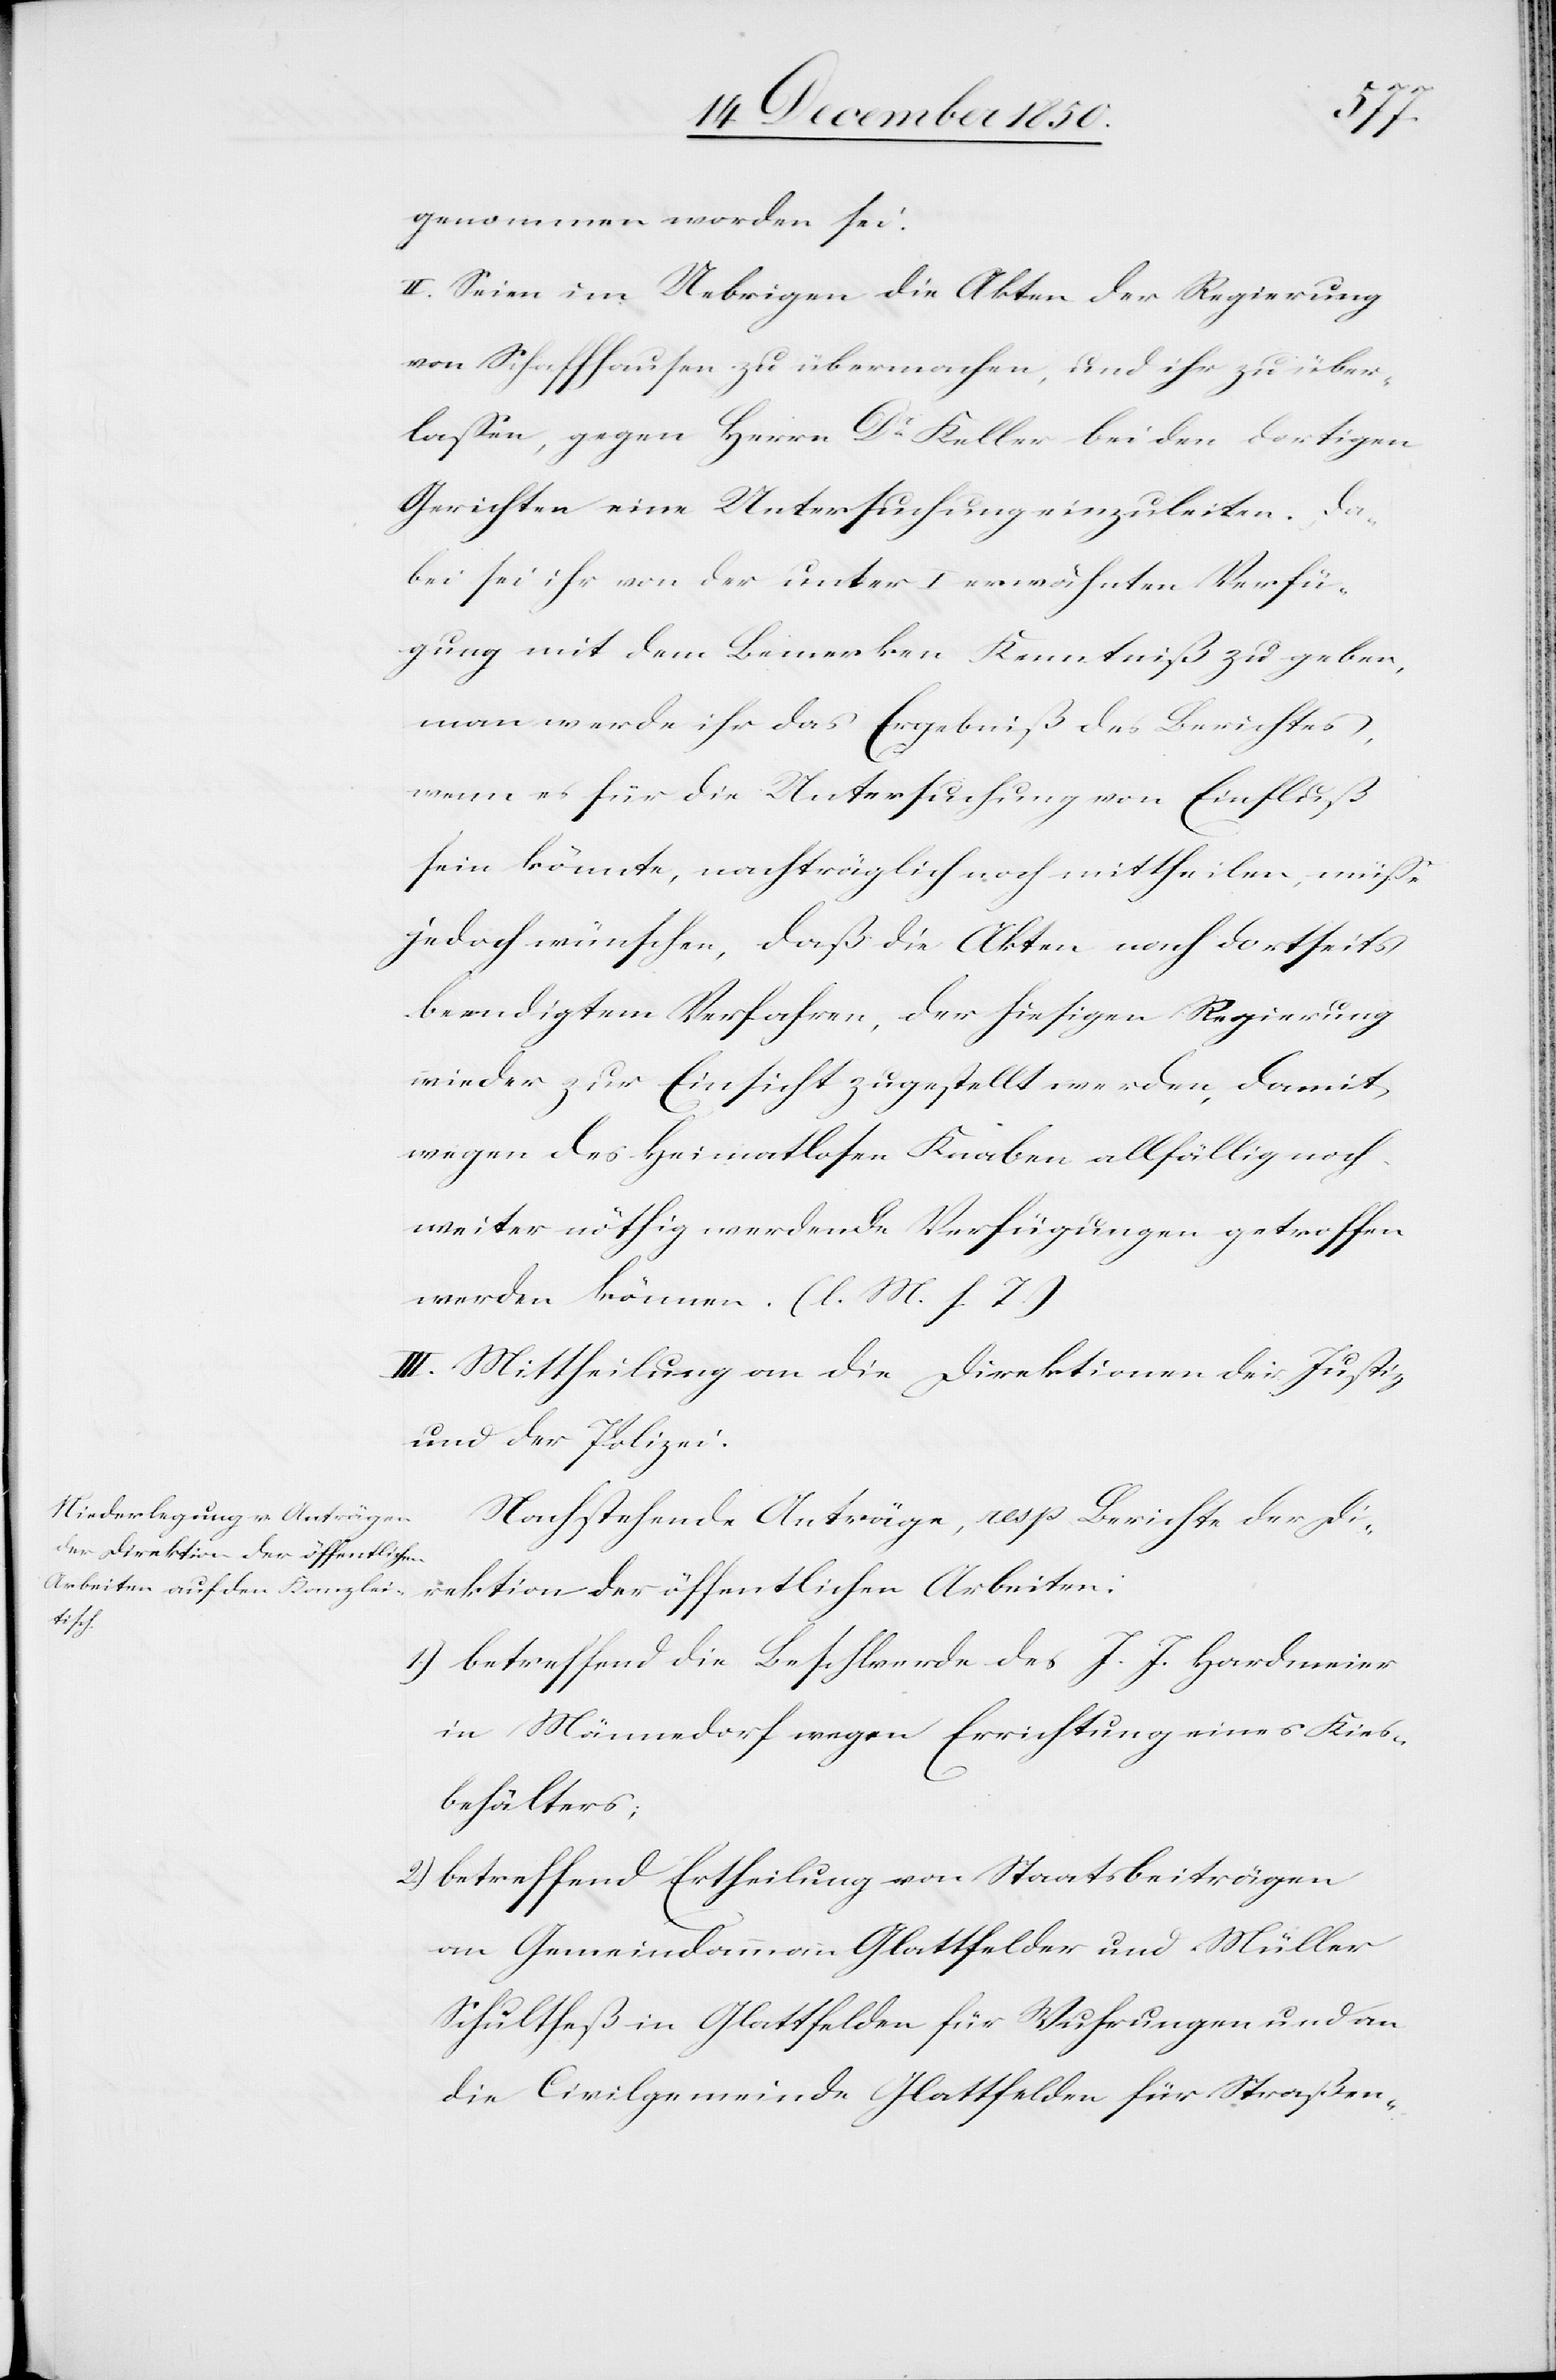
genommen worden sei.
II. Seien im Uebrigen die Akten der Regierung
von Schaffhausen zu übermachen, und ihr zu über¬
lassen, gegen Herrn Dr Keller bei den dortigen
Gerichten eine Untersuchung einzuleiten. Da¬
bei sei ihr von der unter I erwähnten Verfü¬
gung mit dem Bemerken Kenntniß zu geben,
man werde ihr das Ergebniß des Berichtes,
wenn es für die Untersuchung von Einfluß
sein könnte, nachträglich noch mittheilen, müsse
jedoch wünschen, daß die Akten nach dortseits
beendigtem Verfahren, der hiesigen Regierung
wieder zur Einsicht zugestellt werden, damit
wegen des Heimatlosen Knaben allfällig noch
weiter nöthig werdende Verfügungen getroffen
werden können. (l. M. h. T.)
III. Mittheilung an die Direktion der Justiz
und der Polizei.
Nachstehende Anträge, resp. Berichte der Di¬
rektion der öffentlichen Arbeiten:
1.) betreffend die Beschwerde des J. J. Hardmeier
in Männedorf wegen Errichtung eines Kies¬
behälters;
2.) betreffend Ertheilung von Staatsbeiträgen
an Gemeindammann Glattfelden und Müller
Schultheß in Glattfelden für Wuhrungen und an
die Civilgemeinde Glattfelden für Straßen-